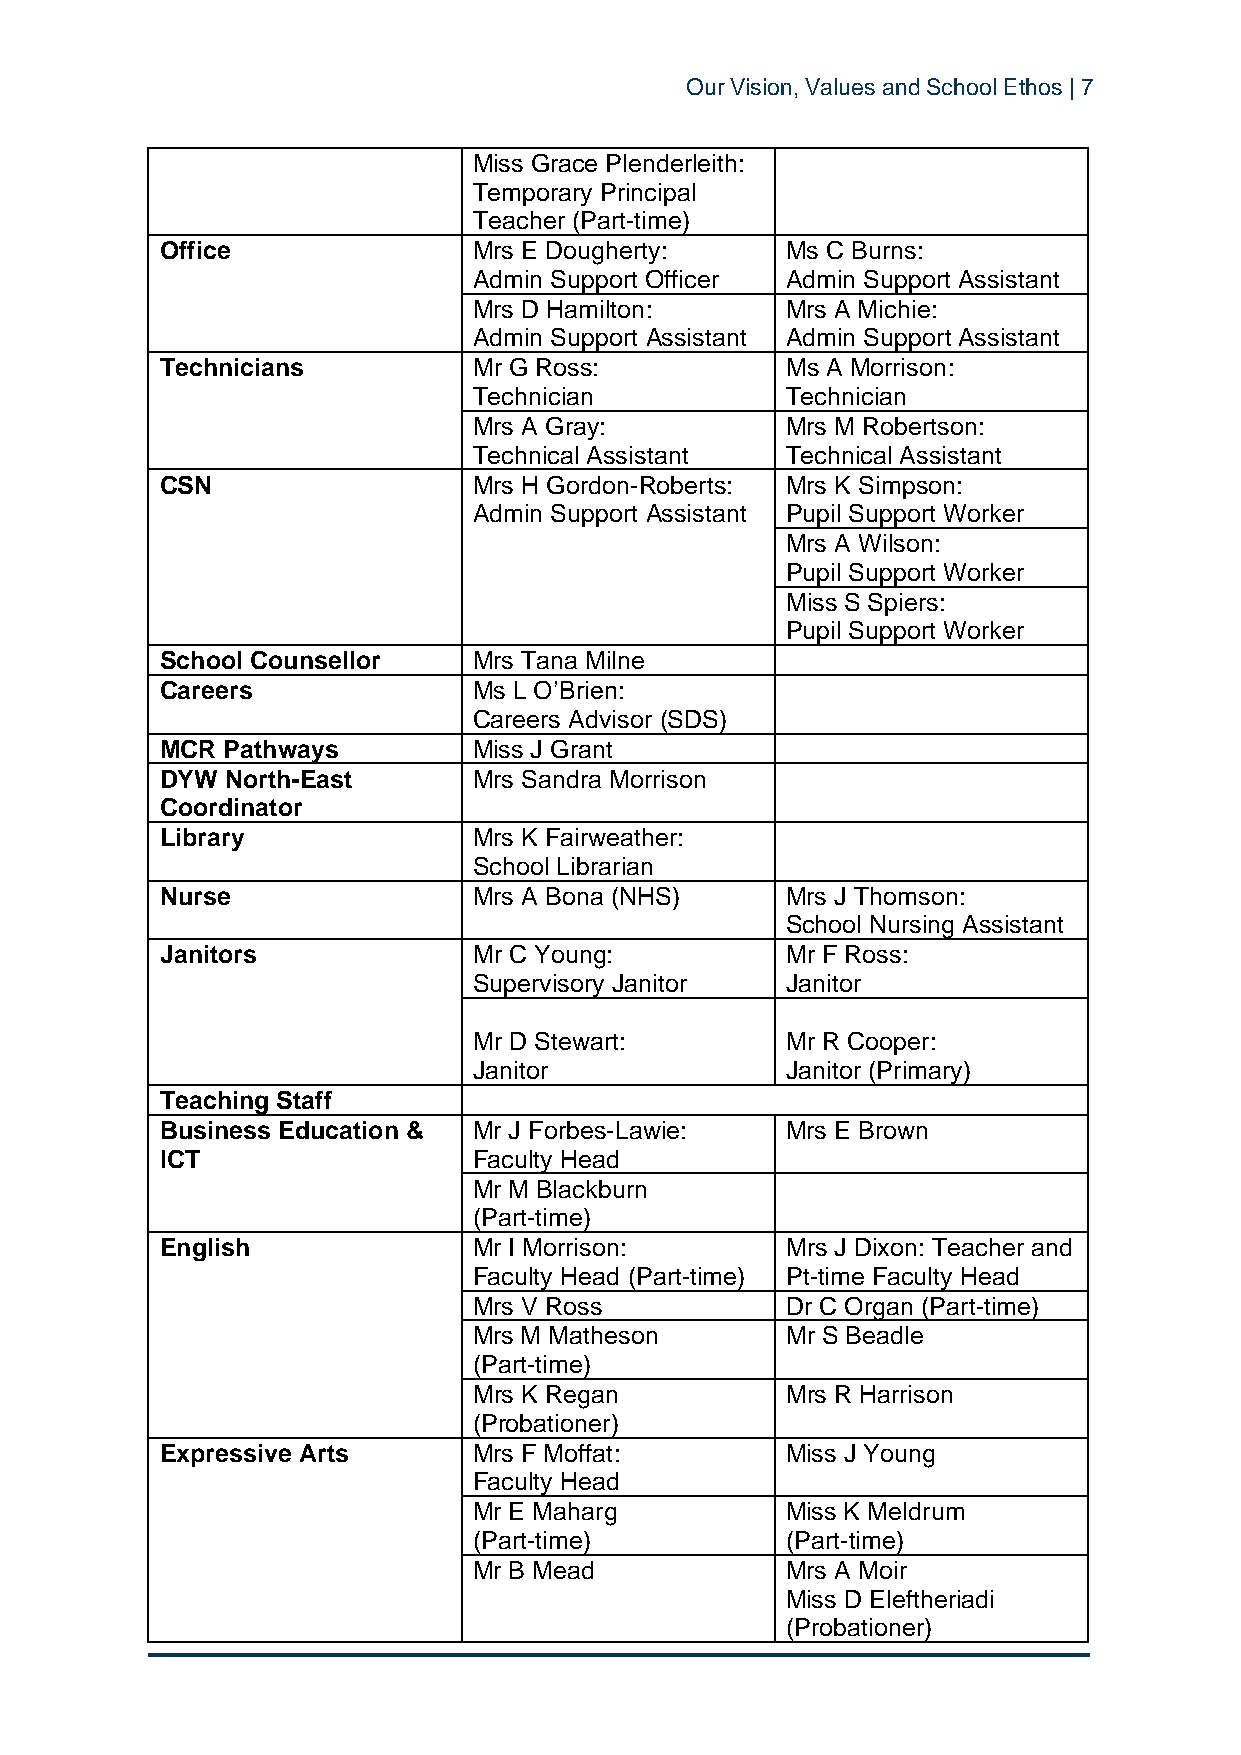
Our Vision, Values and School Ethos | 7
 Miss Grace Plenderleith:
 Temporary Principal
 Teacher (Part-time)
 Office              Mrs E Dougherty:     Ms C Burns:
 Admin Support Officer Admin Support Assistant
 Mrs D Hamilton:      Mrs A Michie:
 Admin Support Assistant Admin Support Assistant
 Technicians         Mr G Ross:           Ms A Morrison:
 Technician           Technician
 Mrs A Gray:          Mrs M Robertson:
 Technical Assistant  Technical Assistant
 CSN                 Mrs H Gordon-Roberts: Mrs K Simpson:
 Admin Support Assistant Pupil Support Worker
 Mrs A Wilson:
 Pupil Support Worker
 Miss S Spiers:
 Pupil Support Worker
 School Counsellor   Mrs Tana Milne
 Careers             Ms L O’Brien:
 Careers Advisor (SDS)
 MCR Pathways        Miss J Grant
 DYW North-East      Mrs Sandra Morrison
 Coordinator
 Library             Mrs K Fairweather:
 School Librarian
 Nurse               Mrs A Bona (NHS)     Mrs J Thomson:
 School Nursing Assistant
 Janitors            Mr C Young:          Mr F Ross:
 Supervisory Janitor  Janitor
 Mr D Stewart:        Mr R Cooper:
 Janitor              Janitor (Primary)
 Teaching Staff
 Business Education & Mr J Forbes-Lawie:  Mrs E Brown
 ICT                 Faculty Head
 Mr M Blackburn
 (Part-time)
 English             Mr I Morrison:       Mrs J Dixon: Teacher and
 Faculty Head (Part-time) Pt-time Faculty Head
 Mrs V Ross           Dr C Organ (Part-time)
 Mrs M Matheson       Mr S Beadle
 (Part-time)
 Mrs K Regan          Mrs R Harrison
 (Probationer)
 Expressive Arts     Mrs F Moffat:        Miss J Young
 Faculty Head
 Mr E Maharg          Miss K Meldrum
 (Part-time)          (Part-time)
 Mr B Mead            Mrs A Moir
 Miss D Eleftheriadi
 (Probationer)